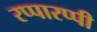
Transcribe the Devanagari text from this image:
रप्पारप्पी